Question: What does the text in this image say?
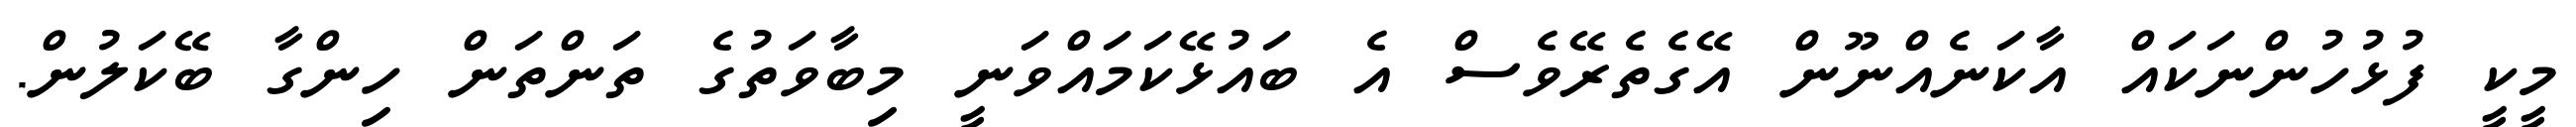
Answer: މީކީ ފުޅުހުންނަކައް އާކަނެއްނޫން އޭގެތެރޭވެސް އެ ބައުޅޭކަމައްވަނީ މިބާވަތުގެ ތަންތަން ހިންގާ ބޭކަލުން.